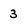
Character: 3